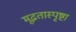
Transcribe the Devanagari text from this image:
मूढतास्पृष्टा